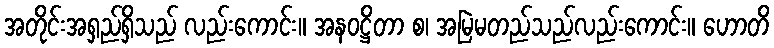
အတိုင်းအရှည်ရှိသည် လည်းကောင်း။ အနဝဋ္ဌိတာ စ၊ အမြဲမတည်သည်လည်းကောင်း။ ဟောတိ